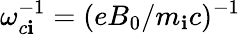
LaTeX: \omega_{c\mathbf{i}}^{-1}=(eB_{0}/m_{\mathbf{i}}c)^{-1}